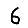
Digit: 6